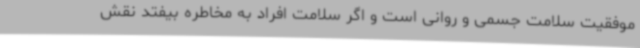
موفقیت سلامت جسمی و روانی است و اگر سلامت افراد به مخاطره بیفتد نقش